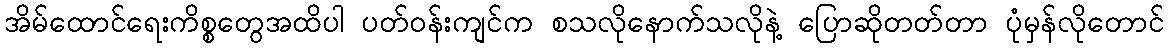
အိမ်ထောင်ရေးကိစ္စတွေအထိပါ ပတ်ဝန်းကျင်က စသလိုနောက်သလိုနဲ့ ပြောဆိုတတ်တာ ပုံမှန်လိုတောင်